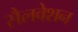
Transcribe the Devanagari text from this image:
सैलवेशन